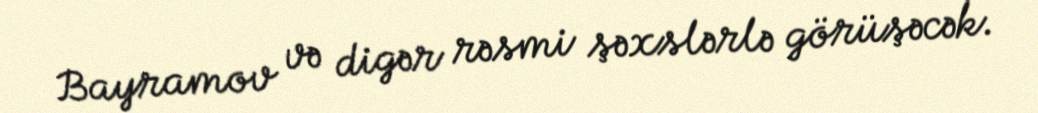
Bayramov və digər rəsmi şəxslərlə görüşəcək.